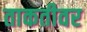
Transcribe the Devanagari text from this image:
ताकतीवर